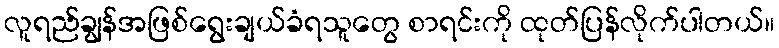
လူရည်ချွန်အဖြစ်ရွေးချယ်ခံရသူတွေ စာရင်းကို ထုတ်ပြန်လိုက်ပါတယ်။